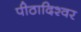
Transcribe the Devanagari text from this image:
पीठादिश्वर